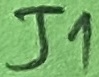
Text: J1